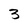
Character: 3